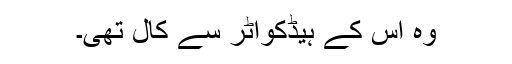
وہ اس کے ہیڈکواٹر سے کال تھی۔